Plague in India, 1896, 1897 - Volume 4
Year: 1896
Disease focus: Plague
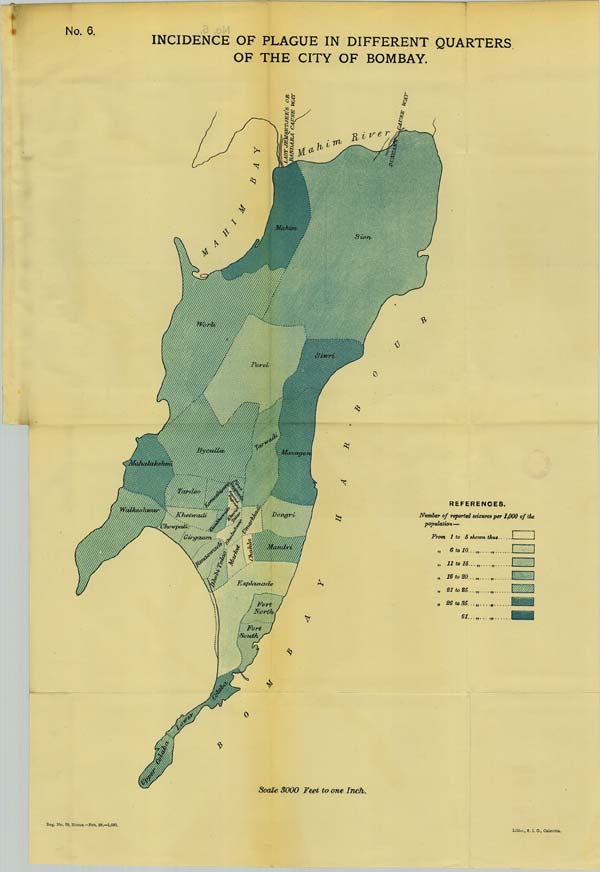
No.
6
INCIDENCE OF PLAGUE IN DIFFERENT QUARTERS
OF THE CITY OF BOMBAY.
Scale 3000 Feet to one Inch.
Reg. No. 29, Home.-Feb. 98.—1,000.
Litho., S. I. O., Calcutta.